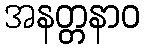
အနတ္တနာဝ